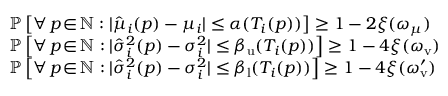
\begin{array} { r l } & { \mathbb { P } \left[ \forall \, p \! \in \! \mathbb { N } : | \hat { \mu } _ { i } ( p ) - \mu _ { i } | \leq \alpha ( T _ { i } ( p ) ) \right] \geq 1 - 2 \xi ( \omega _ { \mu } ) } \\ & { \mathbb { P } \left[ \forall \, p \! \in \! \mathbb { N } : | \hat { \sigma } _ { i } ^ { 2 } ( p ) - \sigma _ { i } ^ { 2 } | \leq \beta _ { \mathrm { u } } ( T _ { i } ( p ) ) \right] \geq 1 - 4 \xi ( \omega _ { \mathrm { v } } ) } \\ & { \mathbb { P } \left[ \forall \, p \! \in \! \mathbb { N } : | \hat { \sigma } _ { i } ^ { 2 } ( p ) - \sigma _ { i } ^ { 2 } | \leq \beta _ { \mathrm { l } } ( T _ { i } ( p ) ) \right] \geq 1 - 4 \xi ( \omega _ { \mathrm { v } } ^ { \prime } ) } \end{array}